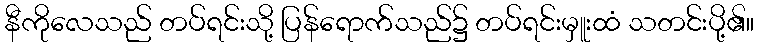
နီကိုလေသည် တပ်ရင်းသို့ ပြန်ရောက်သည်၌ တပ်ရင်းမှူးထံ သတင်းပို့၏။